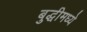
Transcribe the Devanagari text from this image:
बुद्धीमध्ये